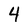
Character: 4